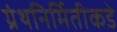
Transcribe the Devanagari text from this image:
ग्रंथनिर्मितीकडे